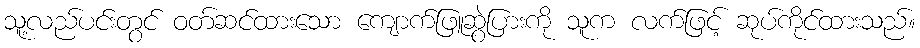
သူ့လည်ပင်းတွင် ဝတ်ဆင်ထားသော ကျောက်ဖြူဆွဲပြားကို သူက လက်ဖြင့် ဆုပ်ကိုင်ထားသည်။